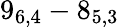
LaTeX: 9_{6,4}-8_{5,3}